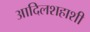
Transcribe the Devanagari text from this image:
आदिलशहाशी